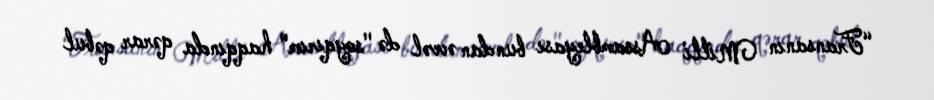
“Fransanın Milli Assambleyası bundan əvvəl də "soyqırım" haqqında qərar qəbul